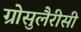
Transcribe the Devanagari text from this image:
ग्रोसुलैरीसी